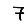
Digit: 7